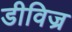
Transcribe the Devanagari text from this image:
डीविज्र